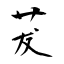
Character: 茇